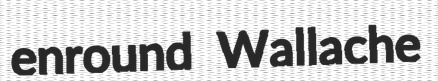
enround Wallache